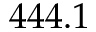
4 4 4 . 1